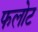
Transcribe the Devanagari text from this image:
फलोट